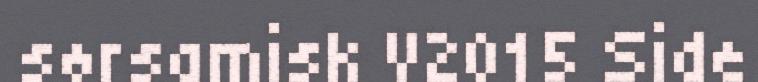
sørsamisk V2015 Side